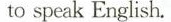
to speak English.